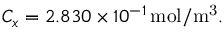
C _ { x } = 2 . 8 3 0 \times 1 0 ^ { - 1 } \, \mathrm { m o l / m ^ { 3 } } .